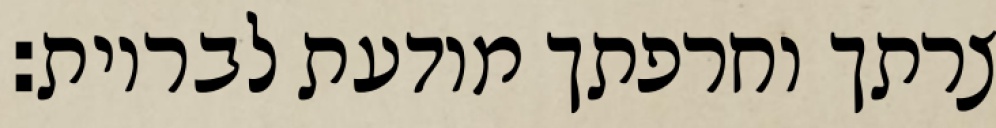
צרתך וחרפתך מודעת לבריות: